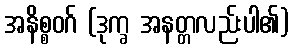
အနိစ္စဝဂ် (ဒုက္ခ အနတ္တလည်းပါ၏)